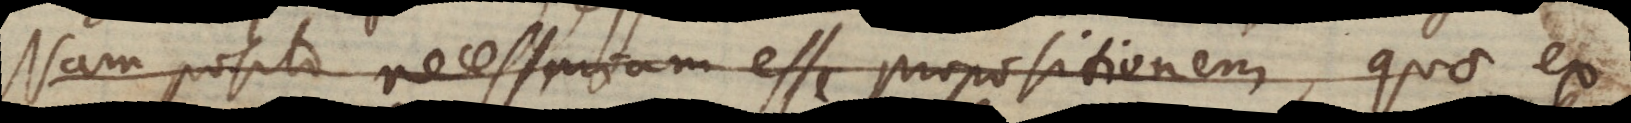
Nam posito necessariam semper esse propositionem, quae ex